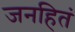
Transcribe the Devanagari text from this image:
जनहितं